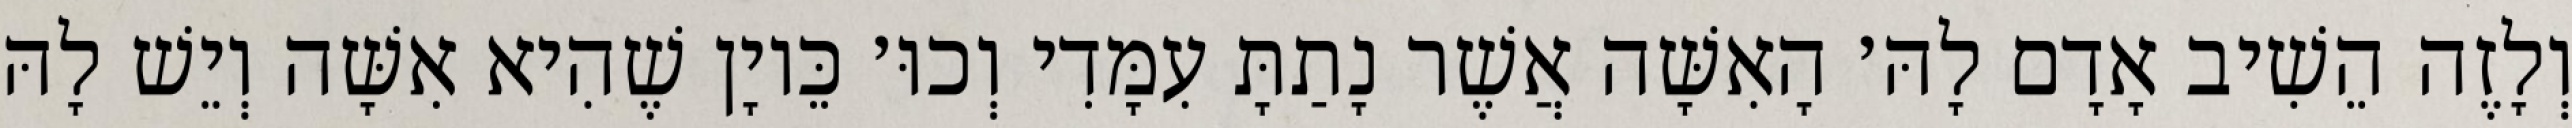
וְלָזֶה הֵשִׁיב אָדָם לָהּ׳ הָאִשָּׁה אֲשֶׁר נָתַתָּ עִמָּדִי וְכוּ׳ כֵּיוָן שֶׁהִיא אִשָּׁה וְיֵשׁ לָהּ